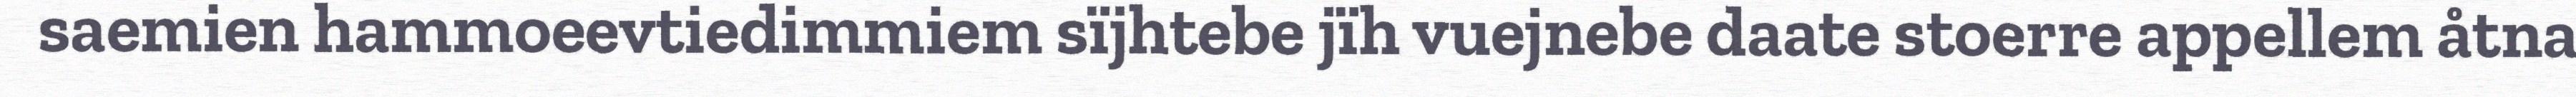
saemien hammoeevtiedimmiem sïjhtebe jïh vuejnebe daate stoerre appellem åtna